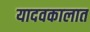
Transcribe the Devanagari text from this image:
यादवकालात